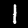
Digit: 1